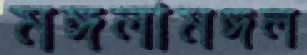
মঙ্গলামঙ্গল